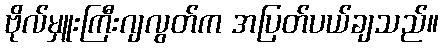
ဗိုလ်မှူးကြီးဂျလွတ်က အပြတ်ပယ်ချသည်။